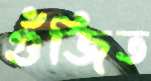
গুঁজিত